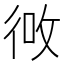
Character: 𪫎